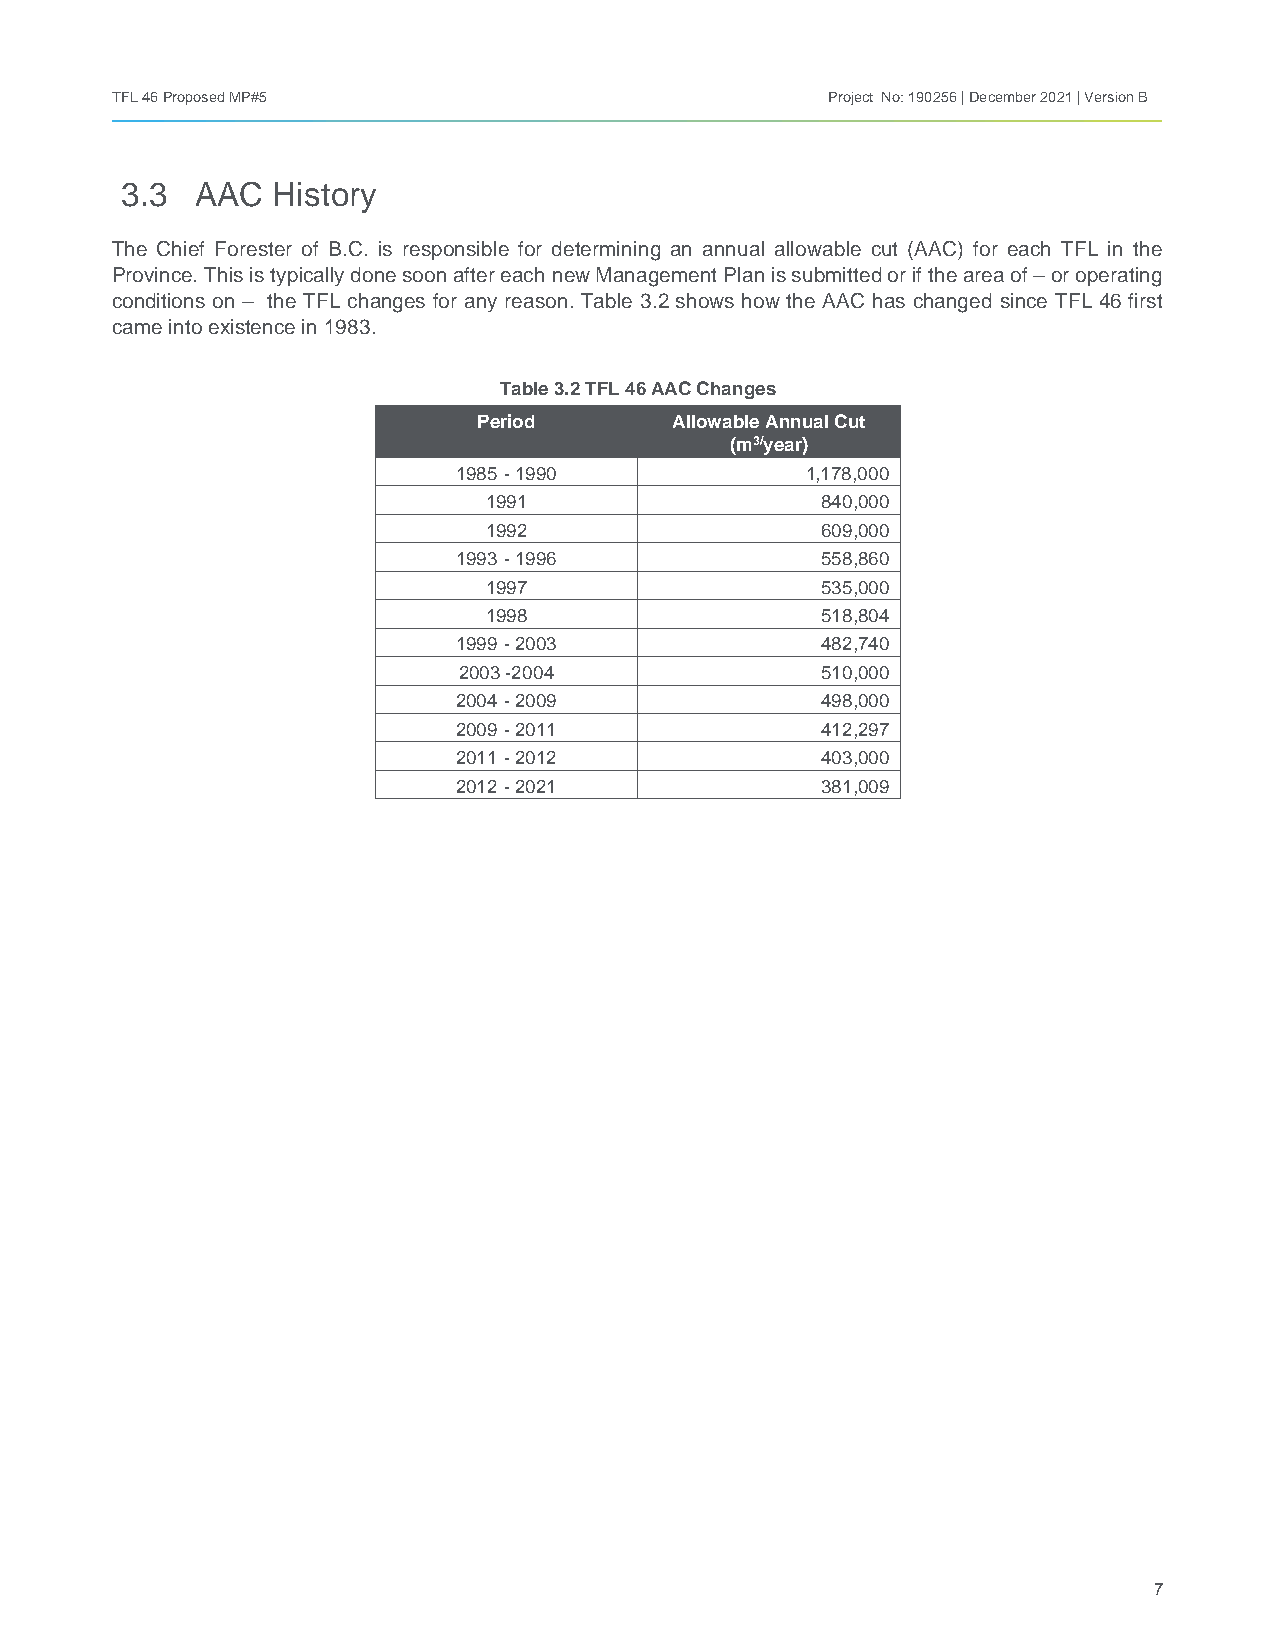
TFL 46 Proposed MP#5                            Project No: 190256 | December 2021 | Version B
 3.3  AAC  History
 The Chief Forester of B.C. is responsible for determining an annual allowable cut (AAC) for each TFL in the
 Province. This is typically done soon after each new Management Plan is submitted or if the area of – or operating
 conditions on – the TFL changes for any reason. Table 3.2 shows how the AAC has changed since TFL 46 first
 came into existence in 1983.
 Table 3.2 TFL 46 AAC Changes
 Period       Allowable Annual Cut
 (m3/year)
 1985 - 1990            1,178,000
 1991                  840,000
 1992                  609,000
 1993 - 1996             558,860
 1997                  535,000
 1998                  518,804
 1999 - 2003             482,740
 2003 -2004              510,000
 2004 - 2009             498,000
 2009 - 2011             412,297
 2011 - 2012             403,000
 2012 - 2021             381,009
 7